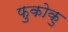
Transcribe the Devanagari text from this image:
फुकोकु